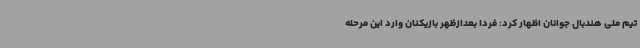
تیم ملی هندبال جوانان اظهار کرد: فردا بعدازظهر بازیکنان وارد این مرحله